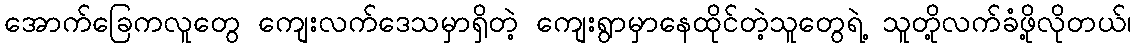
အောက်ခြေကလူတွေ ကျေးလက်ဒေသမှာရှိတဲ့ ကျေးရွာမှာနေထိုင်တဲ့သူတွေရဲ့ သူတို့လက်ခံဖို့လိုတယ်၊